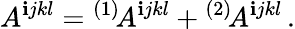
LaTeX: A^{\mathbf{i}jkl}={}^{(1)}\! A^{\mathbf{i}jkl}+{}^{(2)}\! A^{\mathbf{i}jkl}\, .